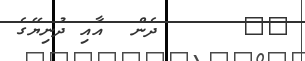
٢٥      ދެން  އާއި ދުނިޔޭގެ